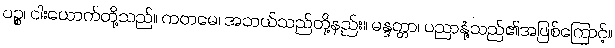
ပဉ္စ၊ ငါးယောက်တို့သည်။ ကတမေ၊ အဘယ်သည်တို့နည်း။ မန္ဒတ္တာ၊ ပညာနုံ့သည်၏အဖြစ်ကြောင့်။